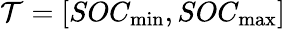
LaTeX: \mathcal{T}=[SOC_{\operatorname*{min}},SOC_{\operatorname*{max}}]